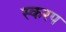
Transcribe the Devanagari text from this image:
स्करप